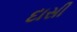
દાસી